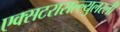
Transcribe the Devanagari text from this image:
एक्सटरासल्ल्युलरली